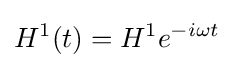
H^{1}(t)=H^{1}e^{-i\omega t}